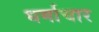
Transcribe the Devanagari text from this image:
धर्माचार